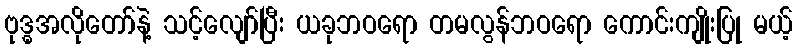
ဗုဒ္ဓအလိုတော်နဲ့ သင့်လျော်ပြီး ယခုဘဝရော တမလွန်ဘဝရော ကောင်းကျိုးပြု မယ့်